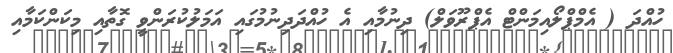
ހުއްދަ ( އެމްޕްލޯއިމަންޓް އެޕްރޫވަލް) ދިނުމާއި އެ ހުއްދަދިނުމުގައި އަމަލުކުރަންވީ ގޮތާއި މިކަންކަމާއި